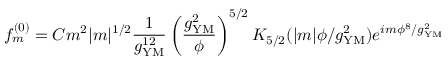
f _ { m } ^ { ( 0 ) } = C m ^ { 2 } | m | ^ { 1 / 2 } \frac { 1 } { g _ { \mathrm { Y M } } ^ { 1 2 } } \left( \frac { g _ { \mathrm { Y M } } ^ { 2 } } { \phi } \right) ^ { 5 / 2 } K _ { 5 / 2 } ( | m | \phi / g _ { \mathrm { Y M } } ^ { 2 } ) e ^ { i m \phi ^ { 8 } / g _ { \mathrm { Y M } } ^ { 2 } }